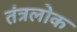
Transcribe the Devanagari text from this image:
तंत्रलोक